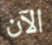
الآن